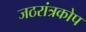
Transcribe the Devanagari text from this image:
जठरांत्रकोप